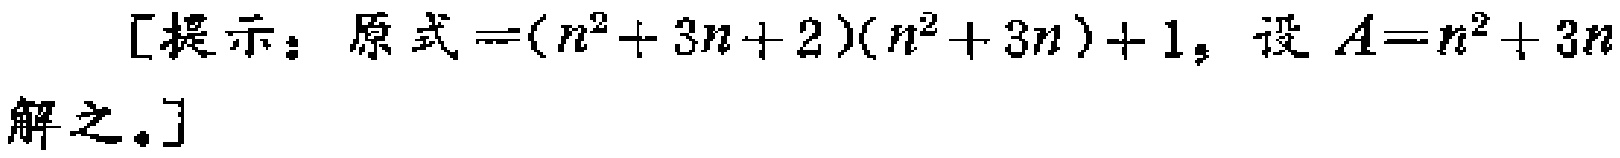
[提示：原式\(=(n^{2}+3n + 2)(n^{2}+3n)+1\)，设\(A = n^{2}+3n\)解之。]